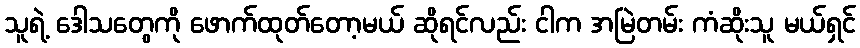
သူရဲ့ ဒေါသတွေကို ဖောက်ထုတ်တော့မယ် ဆိုရင်လည်း ငါက အမြဲတမ်း ကံဆိုးသူ မယ်ရှင်